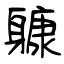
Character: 躿